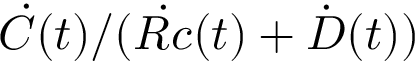
\dot { C } ( t ) / ( \dot { R c } ( t ) + \dot { D } ( t ) )